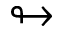
\looparrowright